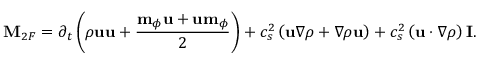
\mathbf { M } _ { 2 F } = \partial _ { t } \left( \rho \mathbf { u } \mathbf { u } + \frac { \mathbf { m } _ { \phi } \mathbf { u } + \mathbf { u } \mathbf { m } _ { \phi } } { 2 } \right) + c _ { s } ^ { 2 } \left( \mathbf { u } \nabla \rho + \nabla \rho \mathbf { u } \right) + c _ { s } ^ { 2 } \left( \mathbf { u } \cdot \nabla \rho \right) \mathbf { I } .